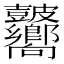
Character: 𥀾